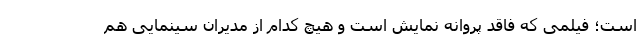
است؛ فیلمی که فاقد پروانه نمایش است و هیچ کدام از مدیران سینمایی هم